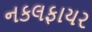
નકલફાયર